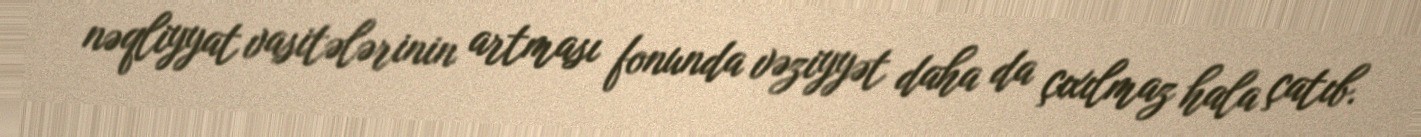
nəqliyyat vasitələrinin artması fonunda vəziyyət daha da çıxılmaz hala çatıb.